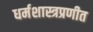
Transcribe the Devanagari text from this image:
धर्मशास्त्रप्रणीत